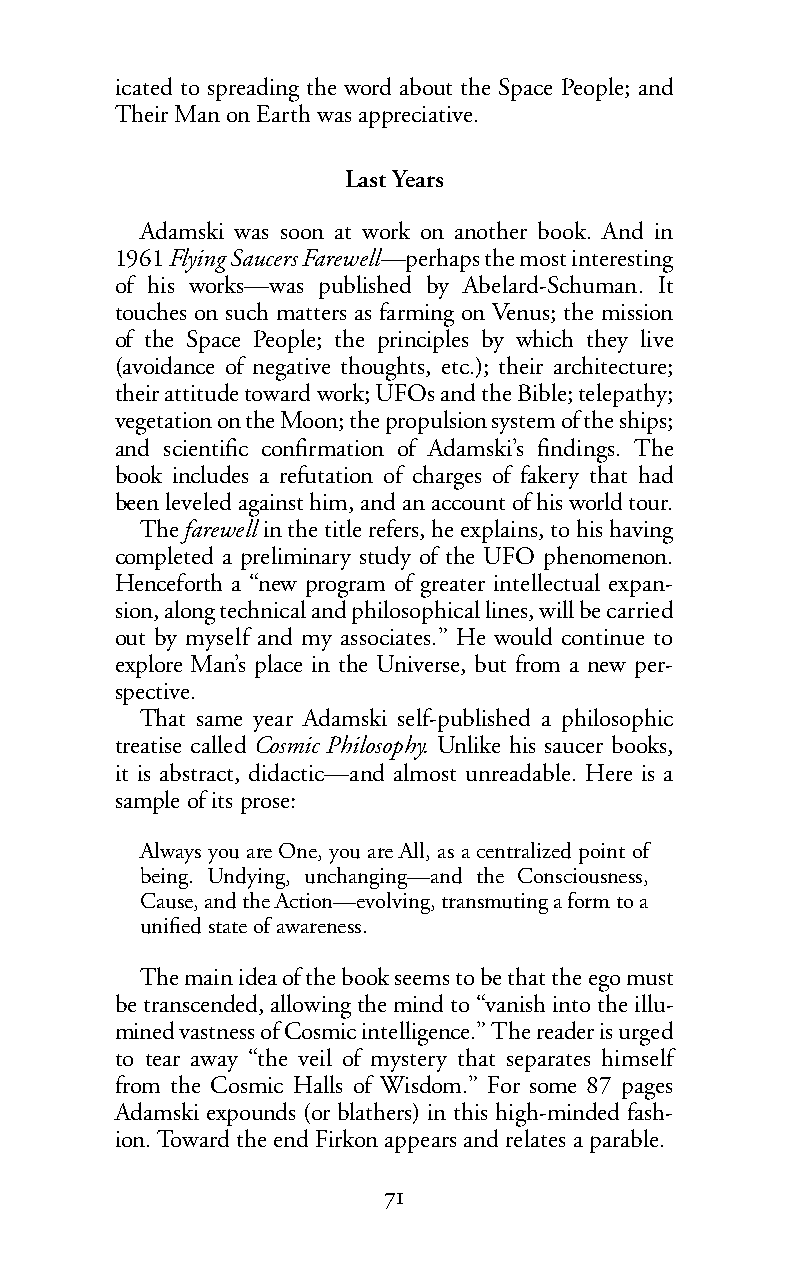
icated to spreading the word about the Space People; and
 Their Man on Earth was appreciative.
 Last Years
 Adamski was soon at work on another book. And in
 1961Flying Saucers Farewell—perhaps the most interesting
 of his works—was published by Abelard-Schuman. It
 touches on such matters as farming on Venus; the mission
 of the Space People; the principles by which they live
 (avoidance of negative thoughts, etc.); their architecture;
 their attitude toward work; UFOs and the Bible; telepathy;
 vegetation on the Moon; the propulsion system of the ships;
 and scientific confirmation of Adamski’s findings. The
 book includes a refutation of charges of fakery that had
 been leveled against him, and an account of his world tour.
 Thefarewell in the title refers, he explains, to his having
 completed a preliminary study of the UFO phenomenon.
 Henceforth a “new program of greater intellectual expan-
 sion, along technical and philosophical lines, will be carried
 out by myself and my associates.” He would continue to
 explore Man’s place in the Universe, but from a new per-
 spective.
 That same year Adamski self-published a philosophic
 treatise called Cosmic Philosophy. Unlike his saucer books,
 it is abstract, didactic—and almost unreadable. Here is a
 sample ofits prose:
 Always you are One, you are All, as a centralized point of
 being. Undying, unchanging—and the Consciousness,
 Cause, and the Action—evolving, transmuting a form to a
 unified state of awareness.
 The main idea of the book seems to be that the ego must
 betranscended, allowing the mind to “vanish into the illu-
 mined vastness of Cosmic intelligence.” The reader is urged
 to tear away “the veil of mystery that separates himself
 from the Cosmic Halls of Wisdom.” For some 87 pages
 Adamski expounds (or blathers) in this high-minded fash-
 ion. Toward the end Firkon appears and relates a parable.
 